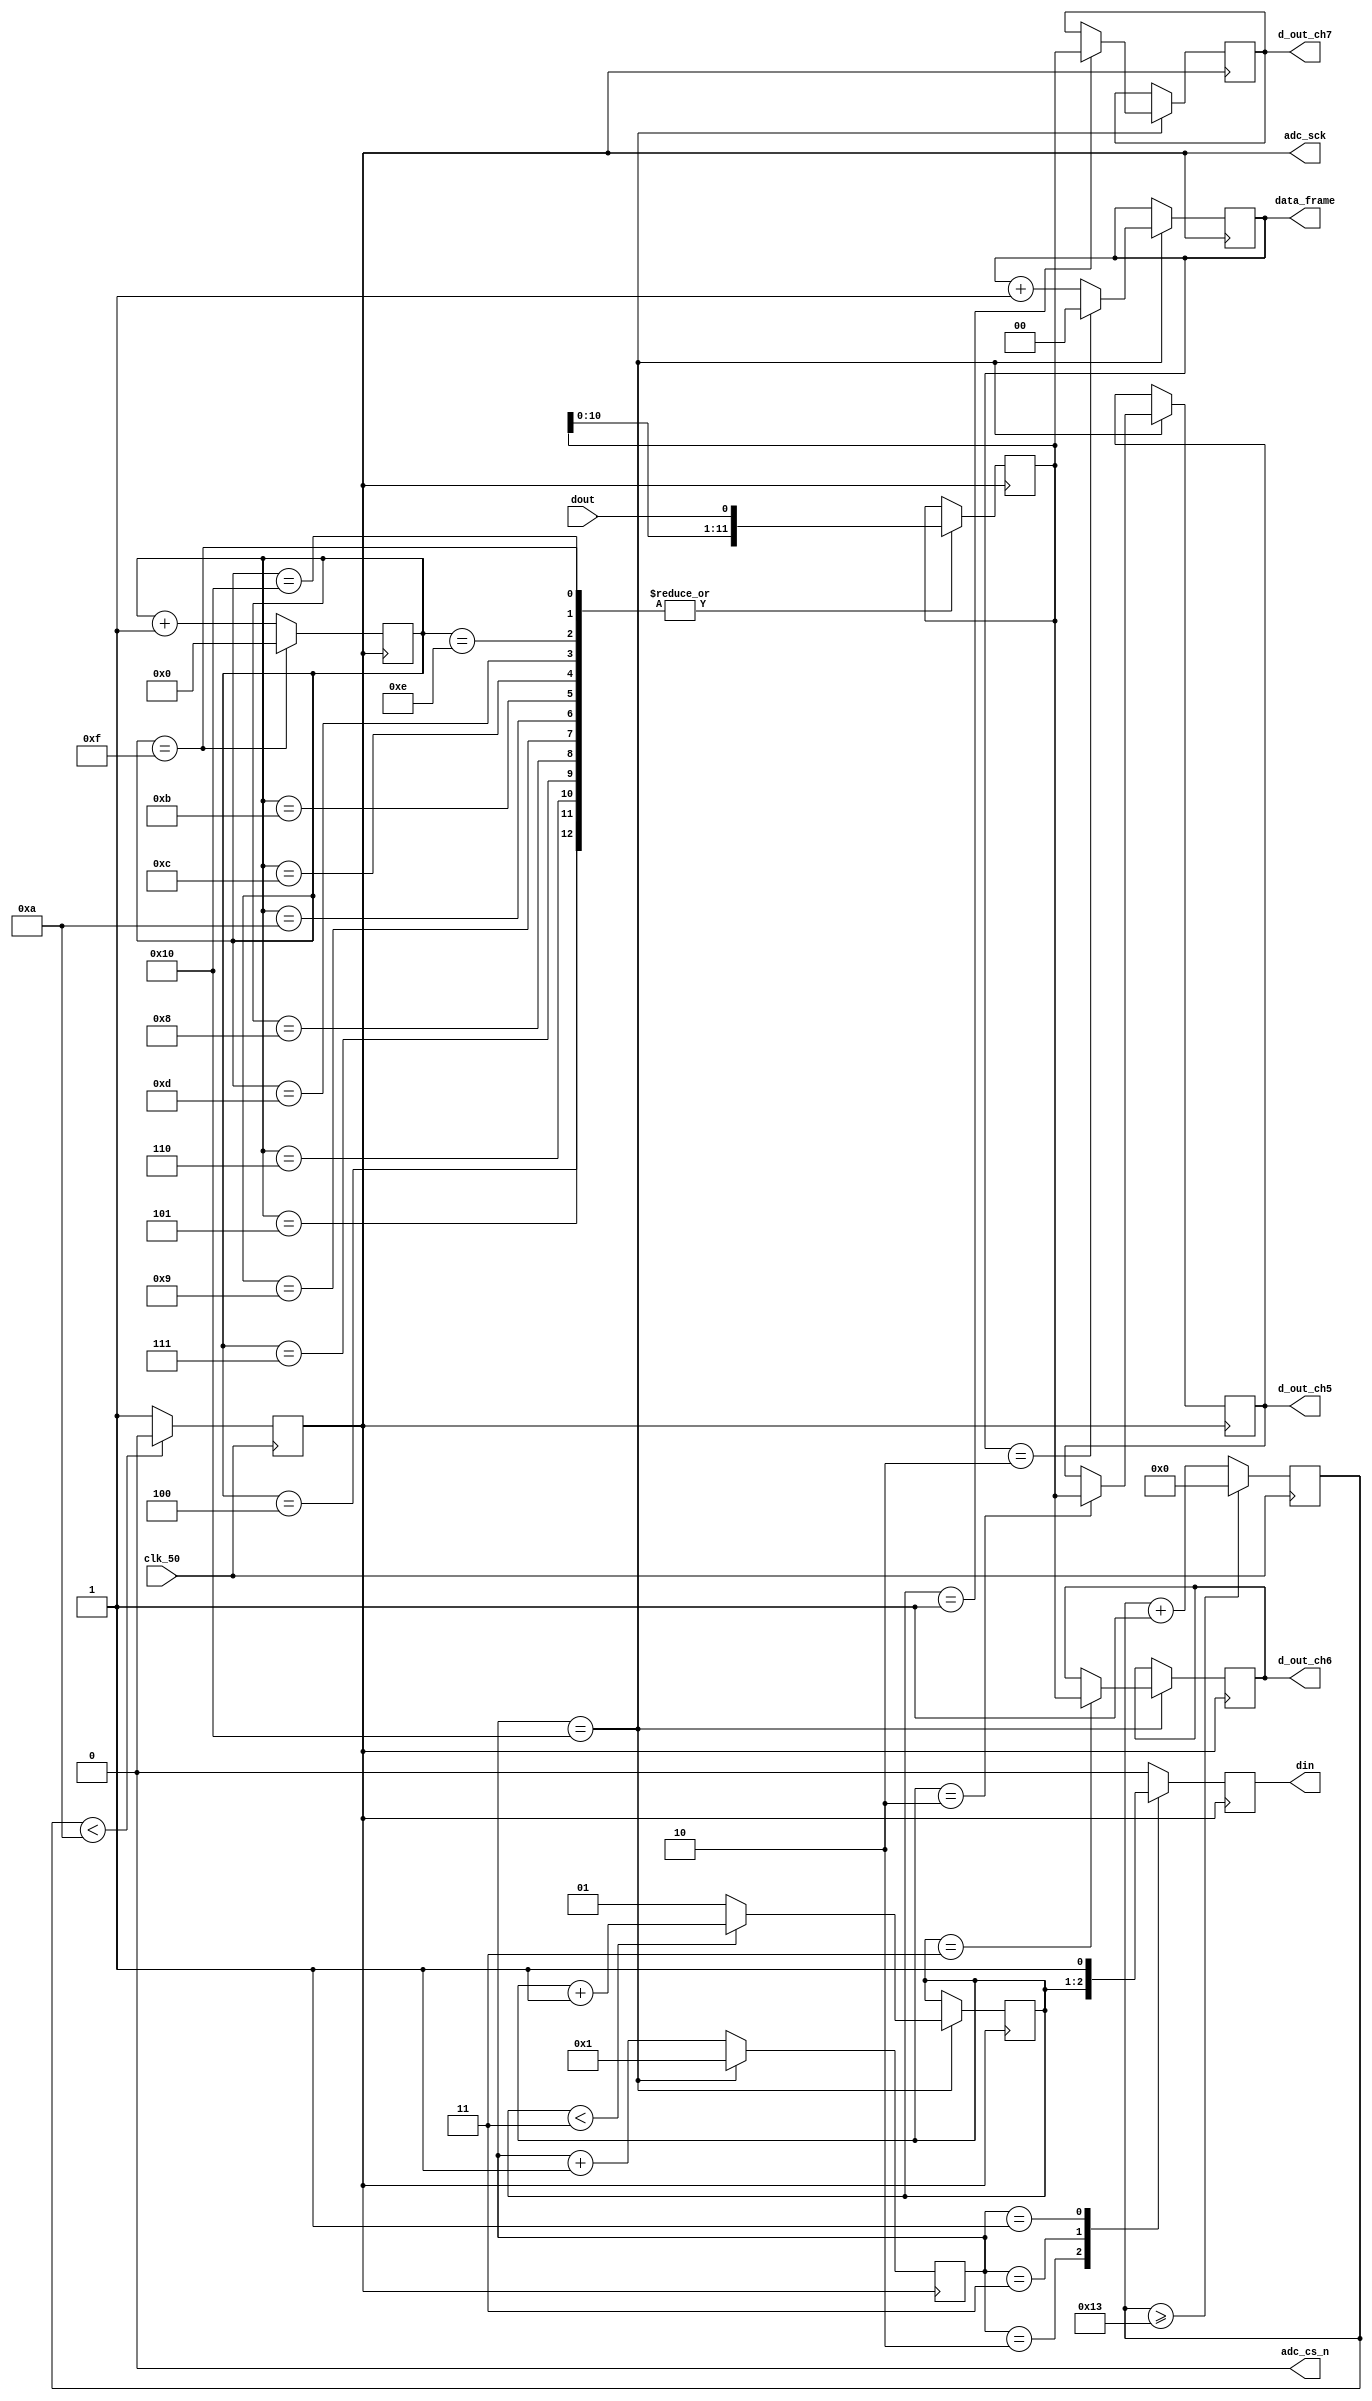

//0.18(223) v on bright surface and 2.2 v(2730) or above on dark surface

module SM_1153_adc_control(  	
	input  clk_50,				//50 MHz clock
	input  dout,				//digital output from ADC128S022 (serial 12-bit)
	output adc_cs_n,			//ADC128S022 Chip Select
	output din,					//Ch. address input to ADC128S022 (serial)
	output adc_sck,			//2.5 MHz ADC clock
	output [11:0]d_out_ch5,	//12-bit output of ch. 5 (parallel)
	output [11:0]d_out_ch6,	//12-bit output of ch. 6 (parallel)
	output [11:0]d_out_ch7,	//12-bit output of ch. 7 (parallel)
	output [1:0]data_frame	//To represent 16-cycle frame (optional)

);
	
////////////////////////WRITE YOUR CODE FROM HERE////////////////////
//assign adc_cs_n=1'b0;
reg adc_cs_n_temp;
reg [7:0] counter=8'b0;
parameter DIVISOR=20;
reg freq;

always@(negedge clk_50)
begin
counter<=counter+8'd1;
if(counter>= (DIVISOR -1))
counter<= 8'd0;
freq<= (counter<DIVISOR/2)?0:1;
end
assign adc_sck=freq;
/////////////adc_sck done!!!!////////////
reg [4:0]sclk_count_neg=5'b00000;
reg [1:0]data_frame_temp=2'b00;
assign adc_cs_n=1'b0;
always@(negedge adc_sck)begin
if(sclk_count_neg==5'b10000)begin

sclk_count_neg<=1;

end
else 
sclk_count_neg<=sclk_count_neg+1;

end

reg[1:0] addr=2'b01;

always@(negedge adc_sck)begin

if(sclk_count_neg==16)begin
if(addr < 2'b11)
addr<=addr+1'b1;
else
addr<=2'b01;
if(data_frame_temp==2)begin
data_frame_temp<=2'b00;

end
else data_frame_temp<=data_frame_temp+1;
end

end
assign data_frame=data_frame_temp;
////////////////data frame done!!!!!///////////////

reg din_temp;

always@(negedge adc_sck)begin
case(sclk_count_neg)
	5'b00010:din_temp<=addr[1];
	5'b00011:din_temp<=addr[0];
	5'b00001:din_temp<=1'b1;
	default:din_temp<=1'b0;
	endcase
end
assign din=din_temp;
//////////din_done///////////////////////////


reg [11:0]register=12'b0;

reg [4:0]sclk_count_pos=5'b0;
always@(posedge adc_sck)begin
if(sclk_count_pos==15)begin
sclk_count_pos<=5'b00000;

end
else sclk_count_pos<=sclk_count_pos+1;

end


always@(posedge adc_sck)begin

case (sclk_count_pos)

		5'b00100:register <={register[10:0],dout};
      5'b00101:register <= {register[10:0],dout}; 
		5'b00110:register <= {register[10:0],dout};  
		5'b00111:register <= {register[10:0],dout};  
		5'b01000:register <= {register[10:0],dout};  
		5'b01001:register <= {register[10:0],dout};  
		5'b01010:register <= {register[10:0],dout};  
		5'b01011:register <= {register[10:0],dout};  
		5'b01100:register <= {register[10:0],dout};  
		5'b01101:register <= {register[10:0],dout};  
		5'b01110:register <= {register[10:0],dout};  
		5'b01111:register <= {register[10:0],dout};  
		5'b10000:register <= {register[10:0],dout};  
 
    endcase
end	  

reg [11:0] d_out_ch5_temp=12'b0;
reg [11:0] d_out_ch6_temp=12'b0;
reg [11:0] d_out_ch7_temp=12'b0;
always@(negedge adc_sck)begin
if(sclk_count_neg==5'b10000)begin
case(addr)
2'b01:d_out_ch7_temp<=register;
2'b11:d_out_ch6_temp<=register;
2'b10:d_out_ch5_temp<=register;
endcase
end
end
assign d_out_ch7=d_out_ch7_temp;
assign d_out_ch6=d_out_ch6_temp;
assign d_out_ch5=d_out_ch5_temp;

////////////////////////YOUR CODE ENDS HERE//////////////////////////
endmodule

///////////////////////////////MODULE ENDS///////////////////////////